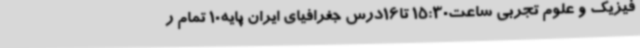
فیزیک و علوم تجربی ساعت15:30 تا16درس جغرافیای ایران پایه10 تمام ر